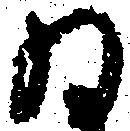
ゐ